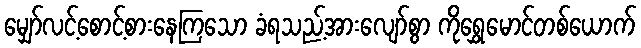
မျှော်လင့်စောင့်စားနေကြသော ခံရသည့်အားလျော်စွာ ကိုရွှေမောင်တစ်ယောက်